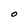
Character: O